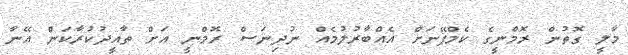
މާލީ ގޮތުން ރޮމްނީގެ ކެމްޕޭނަށް އެއްބާރުލުމެއް ނުދިނަސް ރޮމްނީ އަށް ތާއީދުކުރާކަން އޭނާ